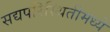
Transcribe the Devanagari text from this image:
सद्यपरिस्थितीमध्ये